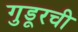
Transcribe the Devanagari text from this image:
गुडूरची